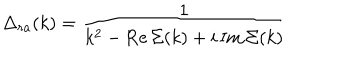
\Delta _ { r a } ( k ) = { \frac { 1 } { k ^ { 2 } - \mathrm { R e \, } \Sigma ( k ) + i \, \mathrm { I m \, } \Sigma ( k ) } }